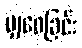
မျှဝေခြင်း